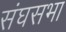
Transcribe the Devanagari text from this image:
संघसभा